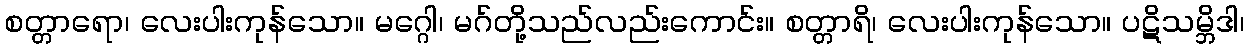
စတ္တာရော၊ လေးပါးကုန်သော။ မဂ္ဂေါ၊ မဂ်တို့သည်လည်းကောင်း။ စတ္တာရိ၊ လေးပါးကုန်သော။ ပဋိသမ္ဘိဒါ၊